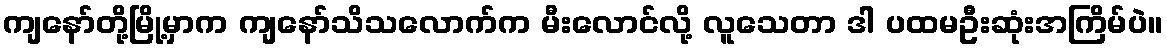
ကျနော်တို့မြို့မှာက ကျနော်သိသလောက်က မီးလောင်လို့ လူသေတာ ဒါ ပထမဦးဆုံးအကြိမ်ပဲ။